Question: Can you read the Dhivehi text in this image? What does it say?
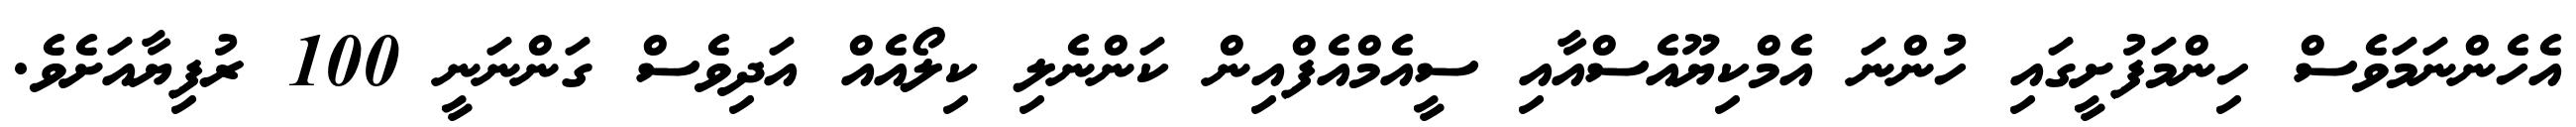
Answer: އެހެންނަމަވެސް ހިންމަފުށީގައި ހުންނަ އެމްކިޔޫއެސްއާއި ސީއެމްއެފްއިން ކަންނެލި ކިލޯއެއް އަދިވެސް ގަންނަނީ 100 ރުފިޔާއަށެވެ.